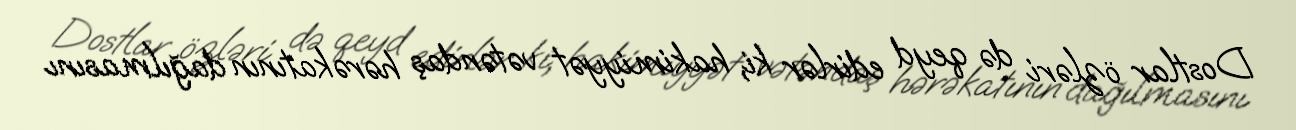
Dostlar özləri də qeyd edirlər ki, hakimiyyət vətəndaş hərəkatının dağılmasını